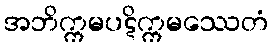
အဘိက္ကမပဋိက္ကမဿေတံ